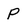
Character: p